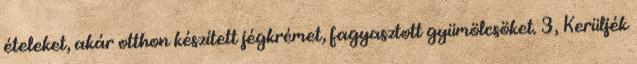
ételeket, akár otthon készített jégkrémet, fagyasztott gyümölcsöket. 3, Kerüljék